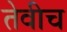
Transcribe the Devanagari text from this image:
तेवीच